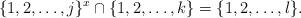
LaTeX: \begin{align*}\{1,2,\ldots,j\}^x\cap \{1,2,\ldots,k\}=\{1,2,\ldots,l\}.\end{align*}